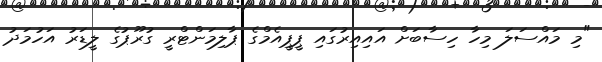
"މި މައްސަލަ މިހާ ހިސާބަށް އައިއިރުގައި ޕީޕީއެމްގެ ޕާލިމަންޓްރީ ގުރޫޕުގެ ލީޑަރު އަހުމަދު